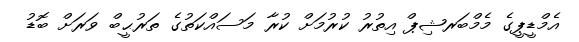
އެމްޑީޕީގެ މެމްބަރޝިޕް އިތުރު ކުރުމަށް ކުރާ މަސައްކަތުގެ ތަރުޙީބް ވަރަށް ބޮޑު